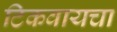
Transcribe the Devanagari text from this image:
टिकवायचा